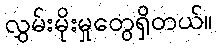
လွှမ်းမိုးမှုတွေရှိတယ်။